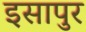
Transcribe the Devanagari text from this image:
इसापुर